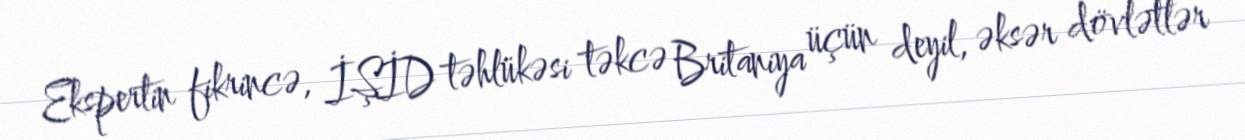
Ekspertin fikrincə, İŞİD təhlükəsi təkcə Britaniya üçün deyil, əksər dövlətlər